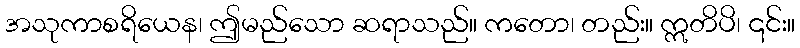
အသုကာစရိယေန၊ ဤမည်သော ဆရာသည်။ ကတော၊ တည်း။ ဣတိပိ၊ ၎င်း။